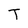
Character: T